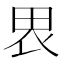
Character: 𰢼